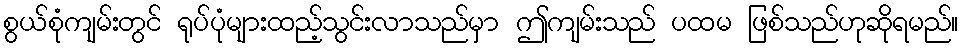
စွယ်စုံကျမ်းတွင် ရုပ်ပုံများထည့်သွင်းလာသည်မှာ ဤကျမ်းသည် ပထမ ဖြစ်သည်ဟုဆိုရမည်။